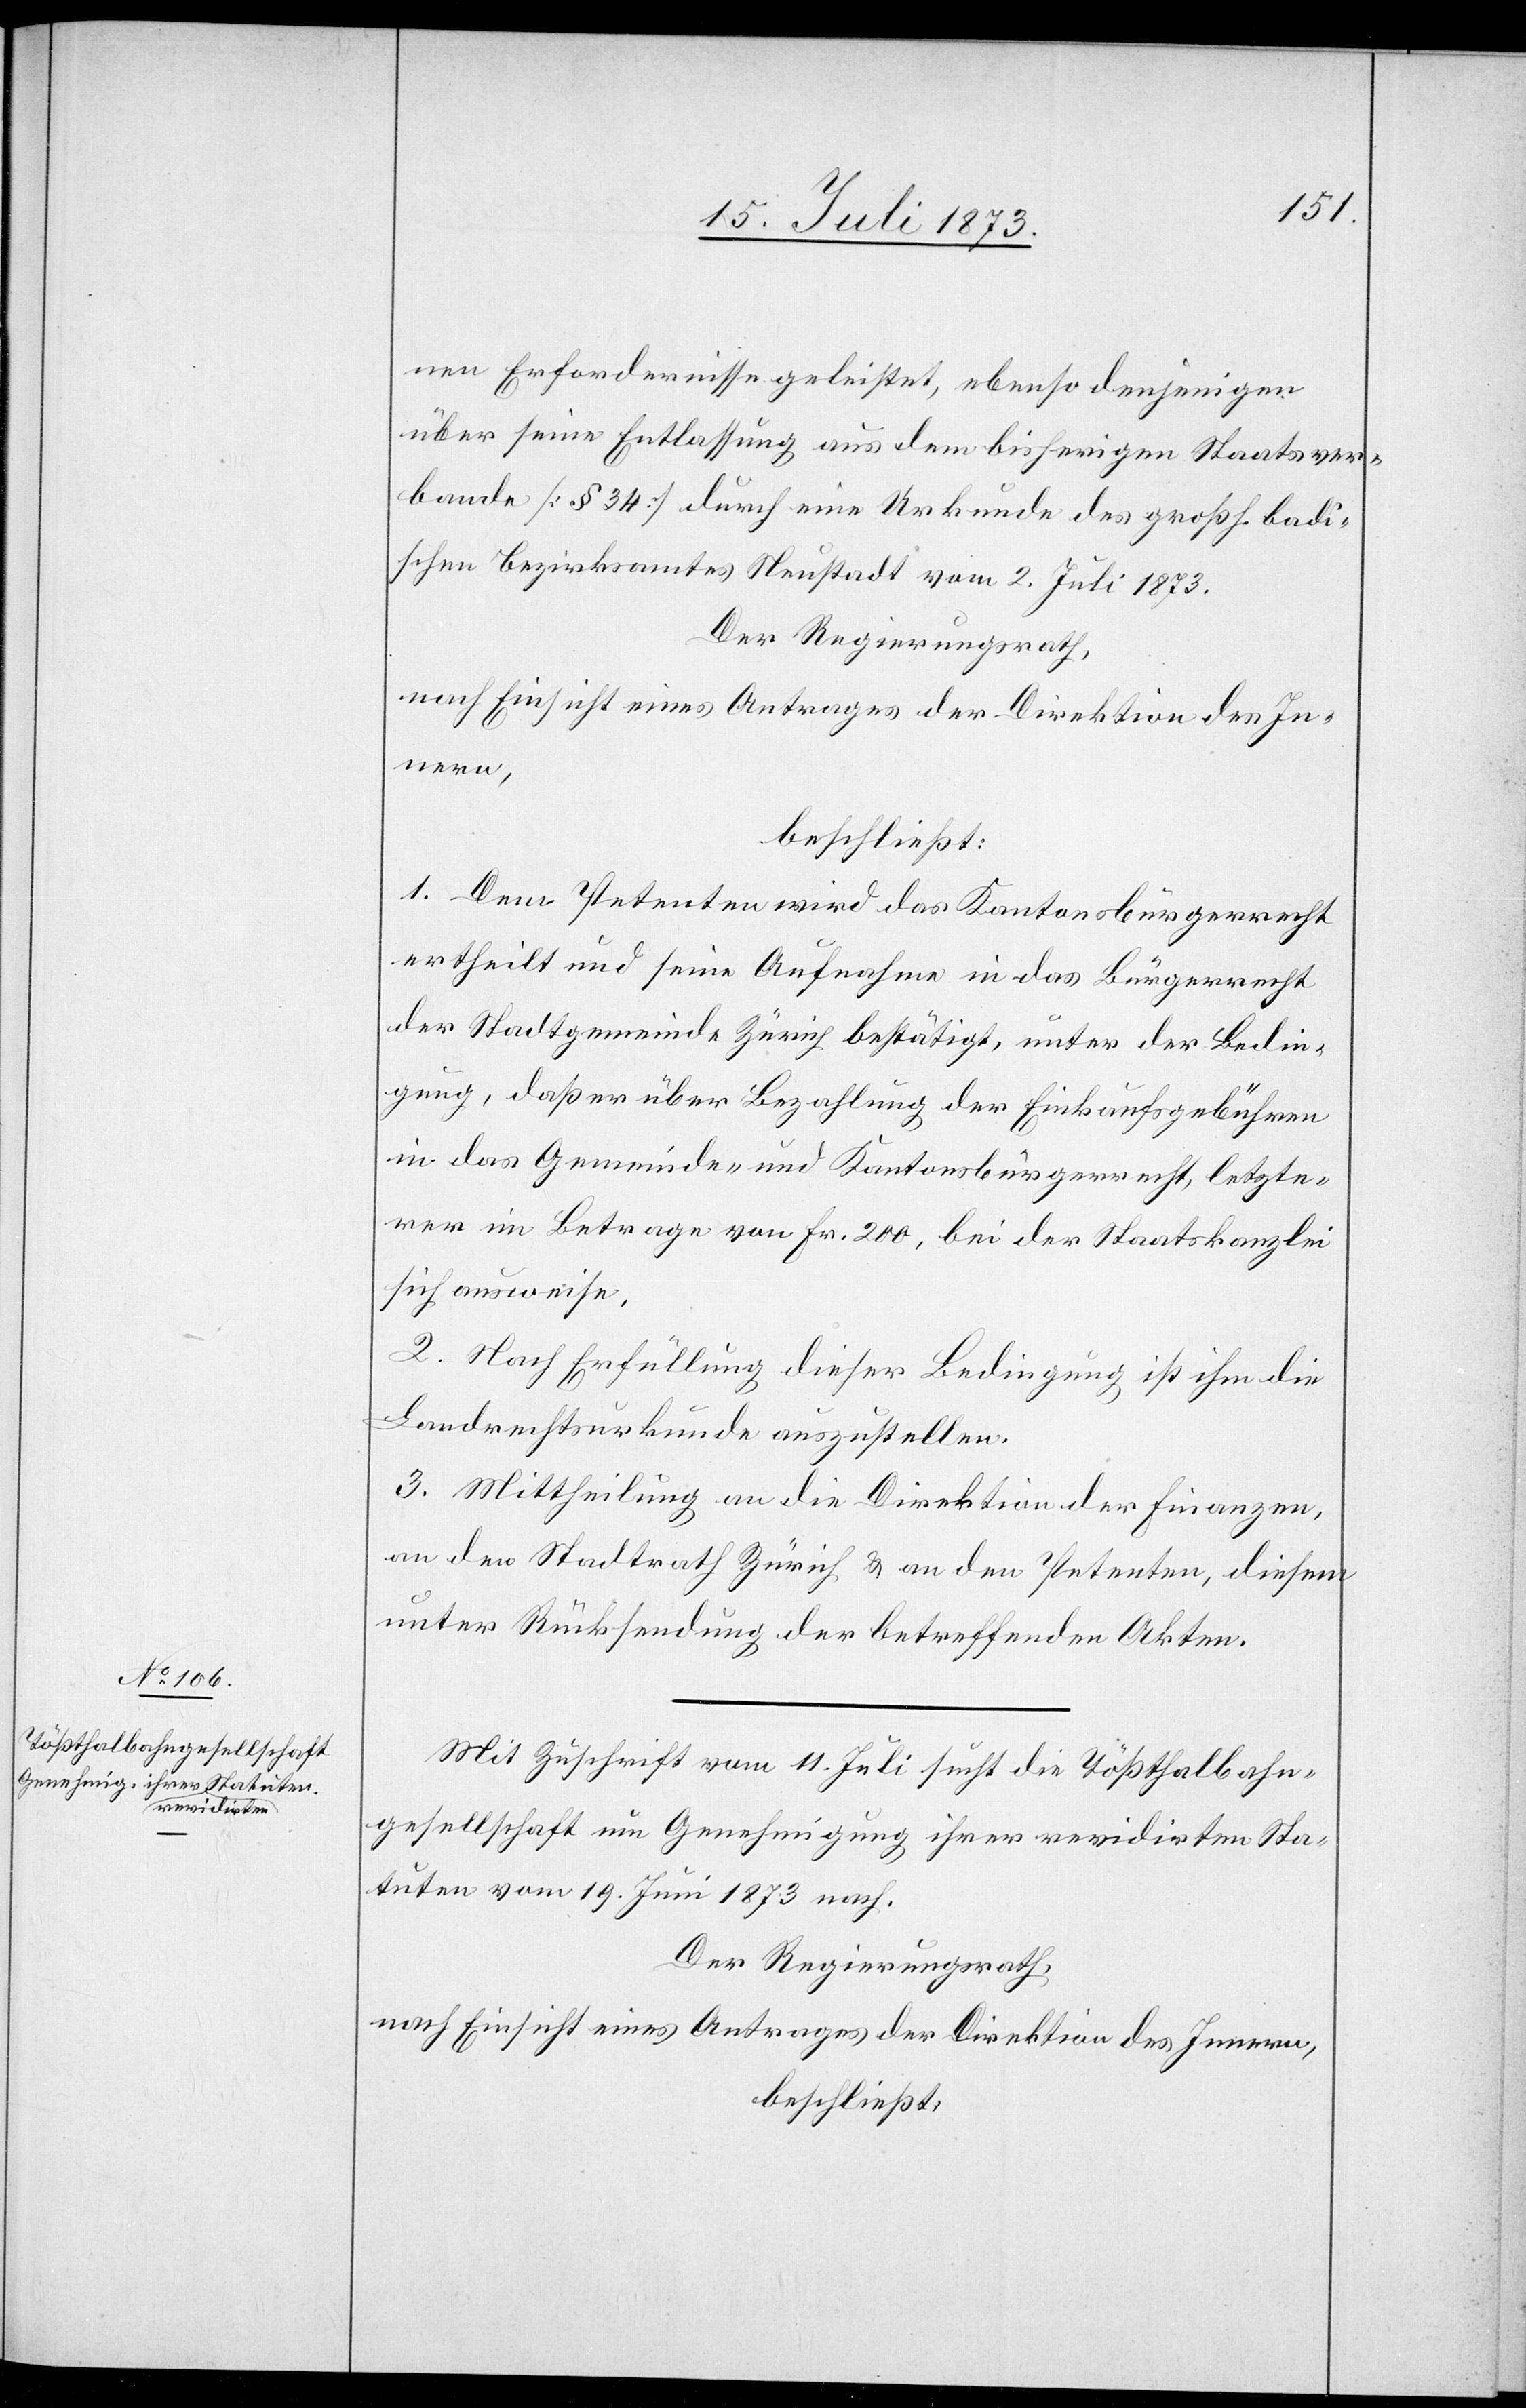
nen Erfordernisse geleistet, ebenso denjenigen
über seine Entlassung aus dem bisherigen Staatsver¬
bande [§ 34] durch eine Urkunde des großh. badi¬
schen Bezirksamtes Neustadt vom 2. Juli 1873.
Der Regierungsrath,
nach Einsicht eines Antrages der Direktion des In¬
nern,
beschließt:
1. Dem Petenten wird das Kantonsbürgerrecht
ertheilt und seine Aufnahme in das Bürgerrecht
der Stadtgemeinde Zürich bestätigt, unter der Bedin¬
gung, daß er über Bezahlung der Einkaufsgebühren
in das Gemeinde- und Kantonsbürgerrecht, letzte¬
rer im Betrage von Fr. 200, bei der Staatskanzlei
sich ausweise.
2. Nach Erfüllung dieser Bedingung ist ihm die
Landrechtsurkunde auszustellen.
3. Mittheilung an die Direktion der Finanzen,
an den Stadtrath Zürich & an den Petenten, diesem
unter Rücksendung der betreffenden Akten.
Mit Zuschrift vom 11. Juli sucht die Tößthalbahn¬
gesellschaft um Genehmigung ihrer revidirten Sta¬
tuten vom 19. Juni 1873 nach.
Der Regierungsrath,
nach Einsicht eines Antrages der Direktion des Innern,
beschließt: